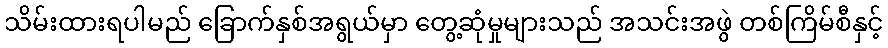
သိမ်းထားရပါမည် ခြောက်နှစ်အရွယ်မှာ တွေ့ဆုံမှုများသည် အသင်းအဖွဲ တစ်ကြိမ်စီနှင့်